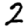
Digit: 2